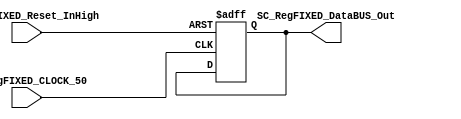
//##########################################################################
//######					G0B1T HDL EXAMPLES											####
//######	Fredy Enrique Segura-Quijano fsegura@uniandes.edu.co				####   
//######																						####   
//######				MODIFICADO: Marzo de 2018 - FES								####   
//##########################################################################
//# G0B1T
//# Copyright (C) 2018 Bogot, Colombia
//# 
//# This program is free software: you can redistribute it and/or modify
//# it under the terms of the GNU General Public License as published by
//# the Free Software Foundation, version 3 of the License.
//#
//# This program is distributed in the hope that it will be useful,
//# but WITHOUT ANY WARRANTY; without even the implied warranty of
//# MERCHANTABILITY or FITNESS FOR A PARTICULAR PURPOSE.  See the
//# GNU General Public License for more details.
//#
//# You should have received a copy of the GNU General Public License
//# along with this program.  If not, see <http://www.gnu.org/licenses/>.
//#/
//###########################################################################

//=======================================================
//  MODULE Definition
//=======================================================
module SC_RegFIXED #(parameter DATAWIDTH_BUS=8, parameter DATA_REGFIXED_INIT=8'b00000000)(
	//////////// OUTPUTS //////////
	SC_RegFIXED_DataBUS_Out,
	//////////// INPUTS //////////
	SC_RegFIXED_CLOCK_50,
	SC_RegFIXED_Reset_InHigh
);
//=======================================================
//  PARAMETER declarations
//=======================================================

//=======================================================
//  PORT declarations
//=======================================================
	output reg		[DATAWIDTH_BUS-1:0] SC_RegFIXED_DataBUS_Out;
	input			SC_RegFIXED_CLOCK_50;
	input			SC_RegFIXED_Reset_InHigh;
//=======================================================
//  REG/WIRE declarations
//=======================================================
	reg [DATAWIDTH_BUS-1:0] RegFIXED_Register;
	reg [DATAWIDTH_BUS-1:0] RegFIXED_Signal;
//=======================================================
//  Structural coding
//=======================================================
//INPUT LOGIC: COMBINATIONAL
	always @ (*)
		RegFIXED_Signal = RegFIXED_Register;
// REGISTER : SEQUENTIAL
	always @ ( posedge SC_RegFIXED_CLOCK_50 , posedge SC_RegFIXED_Reset_InHigh)
	if (SC_RegFIXED_Reset_InHigh==1)
		RegFIXED_Register <= DATA_REGFIXED_INIT;
	else
		RegFIXED_Register <= RegFIXED_Signal;
//=======================================================
//  Outputs
//=======================================================
// OUTPUT LOGIC : COMBINATIONAL
	always @ (*)
		SC_RegFIXED_DataBUS_Out = RegFIXED_Register;  

endmodule